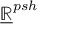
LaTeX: { \underline { { \mathbb { R } } } } ^ { p s h }